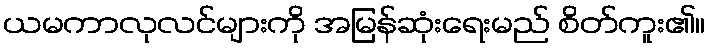
ယမကာလုလင်များကို အမြန်ဆုံးရေးမည် စိတ်ကူး၏။